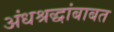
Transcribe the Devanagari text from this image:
अंधश्रद्धांबाबत